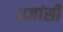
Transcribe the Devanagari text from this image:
अनांसी